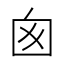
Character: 囪